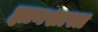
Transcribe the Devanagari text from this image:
ज्ञानशास्त्र